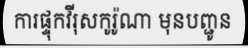
ការផ្ទុកវីរុសកូរ៉ូណា មុនបញ្ជូន